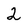
Character: 2